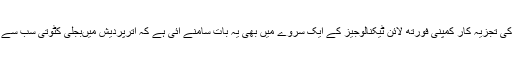
اعداد وشمار کی تجزیہ کار کمپنی فورتھ لائن ٹیکنالوجیز کے ایک سروے میں بھی یہ بات سامنے آئی ہے کہ اترپردیش میںبجلی کٹوتی سب سے بڑا ایشو ہے۔